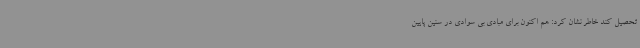
تحصیل کند خاطر نشان کرد: هم اکنون برای مبادی بی سوادی در سنین پایین